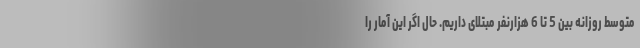
متوسط روزانه بین 5 تا 6 هزارنفر مبتلای داریم. حال اگر این آمار را